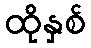
ထိုနှစ်